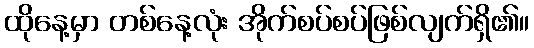
ထိုနေ့မှာ တစ်နေ့လုံး အိုက်စပ်စပ်ဖြစ်လျက်ရှိ၏။